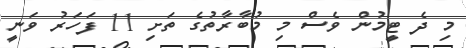
މި ދެ ޓީމުން ވެސް މި މުބާރާތުގެ ތަށި 11 ފަހަރު ވަނީ